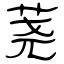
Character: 荛